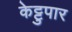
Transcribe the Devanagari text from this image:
केट्टुपार